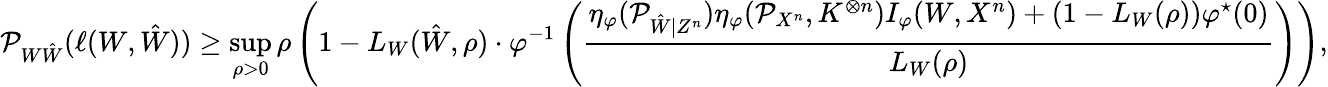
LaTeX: \mathcal{P}_{W\hat{W}}(\ell(W,\hat{W}))\geq\operatorname*{sup}_{\rho>0}\rho\left(1-L_{W}(\hat{W},\rho)\cdot\varphi^{-1}\left(\frac{\eta_{\varphi}(\mathcal{P}_{\hat{W}|Z^{n}})\eta_{\varphi}(\mathcal{P}_{X^{n}},K^{\otimes n})I_{\varphi}(W,X^{n})+(1-L_{W}(\rho))\varphi^{\star}(0)}{L_{W}(\rho)}\right)\right),